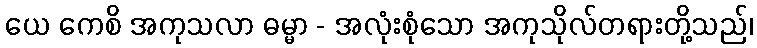
ယေ ကေစိ အကုသလာ ဓမ္မာ - အလုံးစုံသော အကုသိုလ်တရားတို့သည်၊